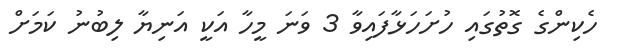
ހެކިންގެ ގޮތުގައި ހުށަހަޅާފައިވާ 3 ވަނަ މީހާ އަކީ އަނިޔާ ލިބުނު ކަމަށް